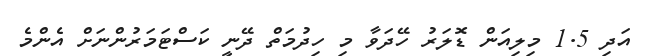
އަދި 1.5 މިލިއަން ޑޮލަރު ހޭދަވާ މި ހިދުމަތް ދޭނީ ކަސްޓަމަރުންނަށް އެންމެ